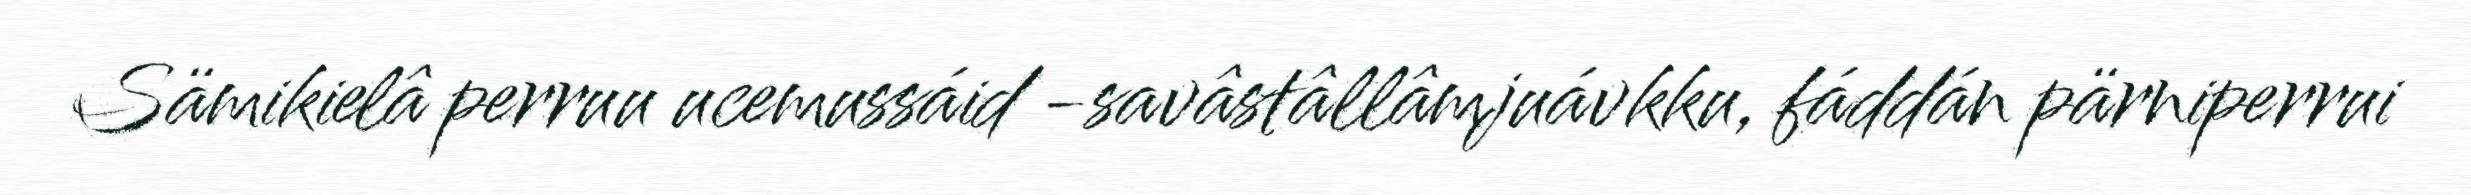
Sämikielâ perruu ucemussáid -savâstâllâmjuávkku, fáddán pärniperrui